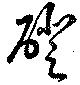
磴